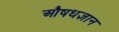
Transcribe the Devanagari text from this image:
औषधज्ञान